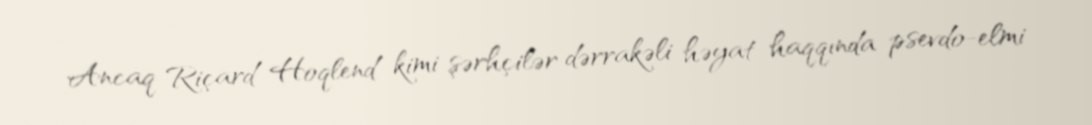
Ancaq Riçard Hoqlend kimi şərhçilər dərrakəli həyat haqqında psevdo-elmi